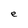
Character: e